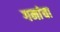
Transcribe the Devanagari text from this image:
गनांचा